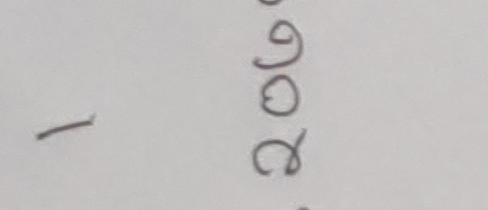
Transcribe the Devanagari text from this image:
१
७
९
०
८